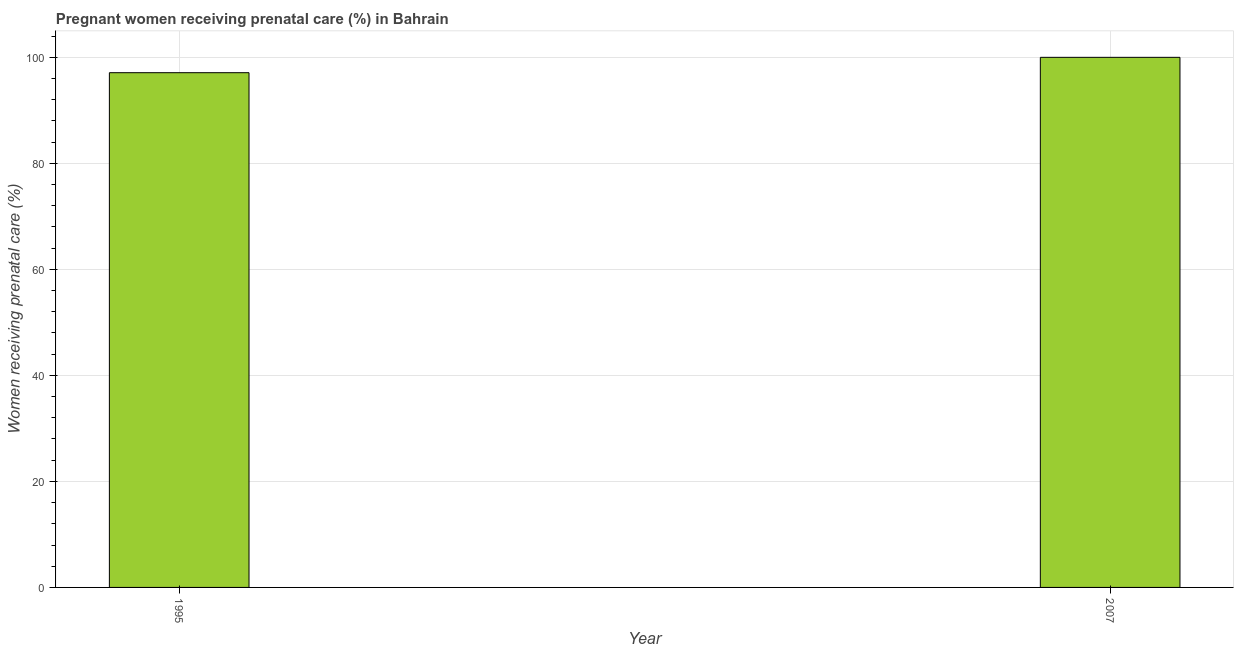
| Year | Pregnant women receiving prenatal care |
 | --- | --- |
 | 1995 | 97.1 |
 | 2007 | 100 |